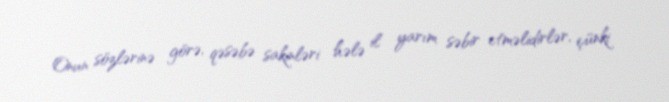
Onun sözlərinə görə, qəsəbə sakinləri hələ il yarım səbir etməlidirlər, çünki